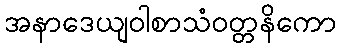
အနာဒေယျဝါစာသံဝတ္တနိကော